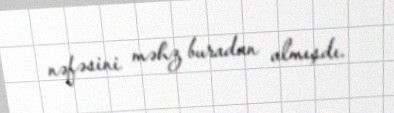
nəfəsini məhz buradan almışdı.